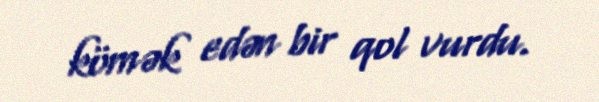
kömək edən bir qol vurdu.